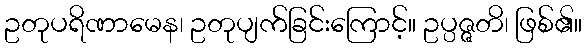
ဥတုပရိဏာမေန၊ ဥတုပျက်ခြင်းကြောင့်။ ဥပ္ပဇ္ဇတိ၊ ဖြစ်၏။